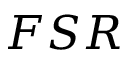
F S R